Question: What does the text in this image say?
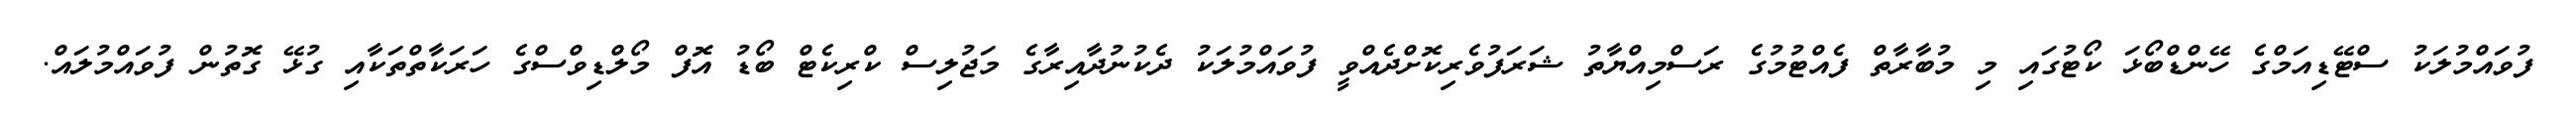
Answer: ފުވައްމުލަކު ސްޓޭޑިއަމްގެ ހޭންޑްބޯޅަ ކޯޓުގައި މި މުބާރާތް ފެއްޓުމުގެ ރަސްމިއްޔާތު ޝަރަފުވެރިކޮށްދެއްވީ ފުވައްމުލަކު ދެކުނުދާއިރާގެ މަޖުލިސް ކްރިކެޓް ބޯޑު އޮފް މޯލްޑިވްސްގެ ހަރަކާތްތަކާއި ގުޅޭ ގޮތުން ފުވައްމުލައް.